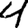
Digit: 4